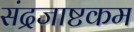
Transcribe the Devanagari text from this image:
संद्रजाष्टकम